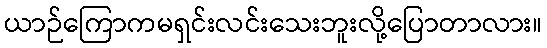
ယာဉ်ကြောကမရှင်းလင်းသေးဘူးလို့ပြောတာလား။